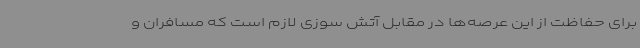
برای حفاظت از این عرصه‌ها در مقابل آتش سوزی لازم است که مسافران و